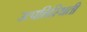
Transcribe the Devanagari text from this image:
उत्पत्तिस्थिती